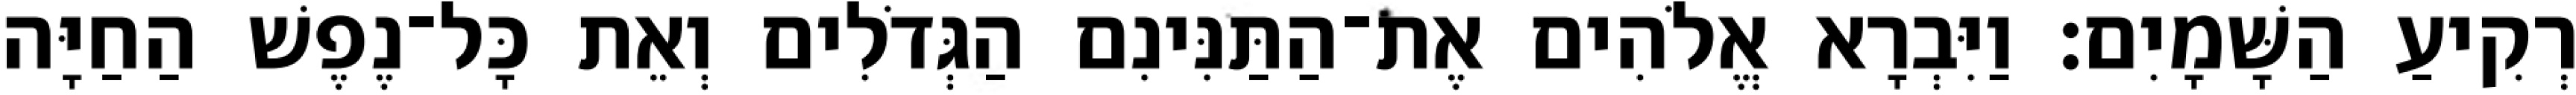
רְקִיעַ הַשָּׁמָיִם׃ וַיִּבְרָא אֱלֹהִים אֶת־הַתַּנִּינִם הַגְּדֹלִים וְאֵת כָּל־נֶפֶשׁ הַחַיָּה